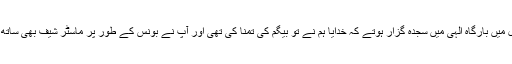
دل ہی دل میں بارگاہ الٰہی میں سجدہ گزار ہوتے کہ خدایا ہم نے تو بیگم کی تمنا کی تھی اور آپ نے بونس کے طور پر ماسٹر شیف بھی ساتھ بھیج دیا۔